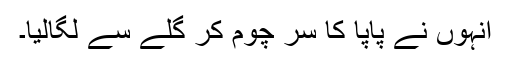
انہوں نے پاپا کا سر چوم کر گلے سے لگالیا۔